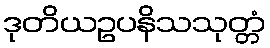
ဒုတိယဥပနိသသုတ္တံ